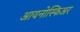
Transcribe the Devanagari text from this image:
आयनोस्फिअर